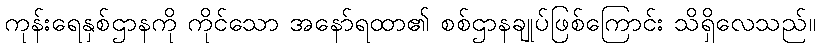
ကုန်းရေနှစ်ဌာနကို ကိုင်သော အနော်ရထာ၏ စစ်ဌာနချုပ်ဖြစ်ကြောင်း သိရှိလေသည်။